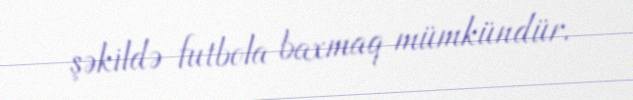
şəkildə futbola baxmaq mümkündür.